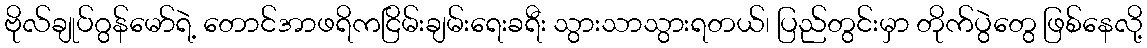
ဗိုလ်ချုပ်ဂွန်မော်ရဲ့ တောင်အာဖရိကငြိမ်းချမ်းရေးခရီး သွားသာသွားရတယ်၊ ပြည်တွင်းမှာ တိုက်ပွဲတွေ ဖြစ်နေလို့